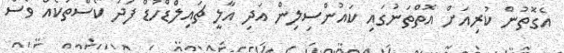
އެގޮތުން ކުރިއަށް އޮތްތަނުގައި ކައުންސިލިން އަދި އާލީ ޗައިލްޑްހުޑް ފަދަ ކޯސްތަކެއް ވެސް